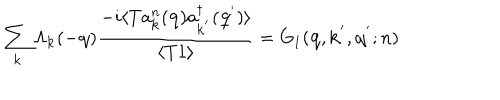
\sum _ { { \bf { k } } } \Lambda _ { { \bf { k } } } ( - { \bf { q } } ) \frac { - i \langle T a _ { { \bf { k } } } ^ { n } ( { \bf { q } } ) a _ { { \bf { k } } ^ { ' } } ^ { \dagger } ( { \bf { q } } ^ { ' } ) \rangle } { \langle T 1 \rangle } = G _ { 1 } ( { \bf { q } } , { \bf { k } } ^ { ' } , { \bf { q } } ^ { ' } ; n )